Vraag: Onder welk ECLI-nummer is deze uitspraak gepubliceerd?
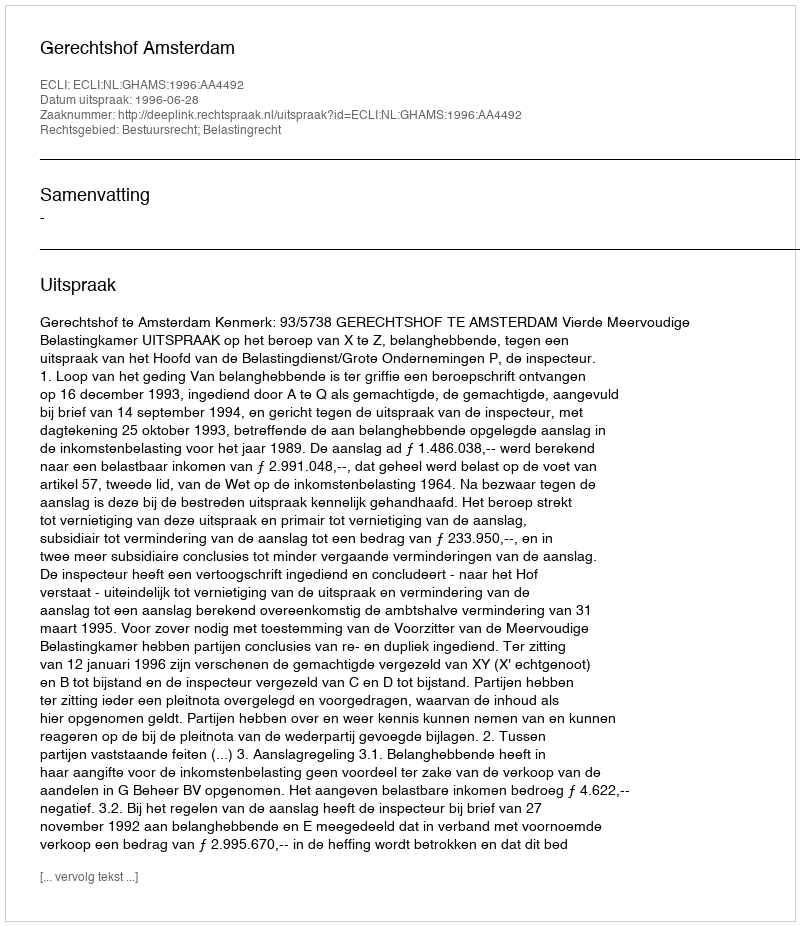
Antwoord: ECLI:NL:GHAMS:1996:AA4492